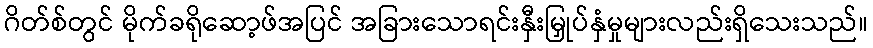
ဂိတ်စ်တွင် မိုက်ခရိုဆော့ဖ်အပြင် အခြားသောရင်းနှီးမြှုပ်နှံမှုများလည်းရှိသေးသည်။